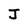
Character: J